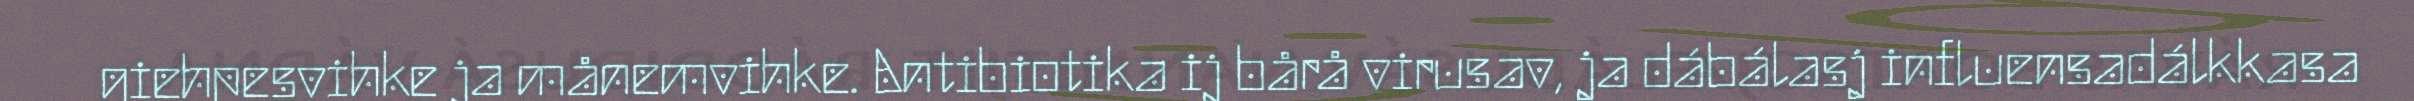
giehpesvihke ja månemvihke. Antibiotika ij bårå virusav, ja dábálasj influensadálkkasa